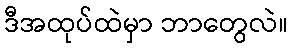
ဒီအထုပ်ထဲမှာ ဘာတွေလဲ။